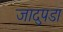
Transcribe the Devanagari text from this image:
जादुपडा